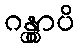
ဂန္တွာပိ